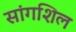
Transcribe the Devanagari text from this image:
सांगशिल